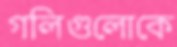
গলিগুলোকে